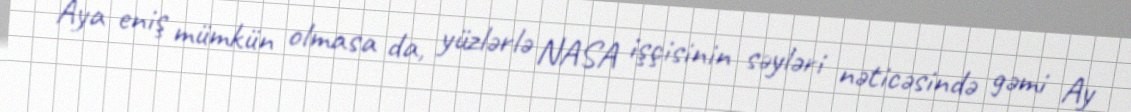
Aya eniş mümkün olmasa da, yüzlərlə NASA işçisinin səyləri nəticəsində gəmi Ay